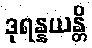
ဒုရန္နယန္တိ